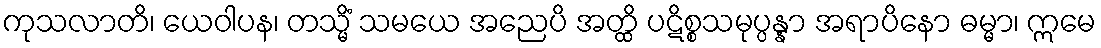
ကုသလာတိ၊ ယေဝါပန၊ တသ္မိံ သမယေ အညေပိ အတ္ထိ ပဋိစ္စသမုပ္ပန္နာ အရာပိနော ဓမ္မာ၊ ဣမေ